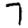
Digit: 7